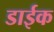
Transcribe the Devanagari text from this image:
डाईक